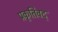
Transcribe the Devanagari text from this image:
प्रकृतिवद्